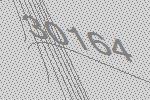
30164